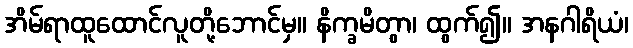
အိမ်ရာထူထောင်လူတို့ဘောင်မှ။ နိက္ခမိတွာ၊ ထွက်၍။ အနဂါရိယံ၊